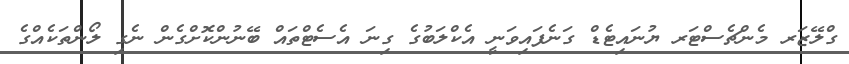
ގްލޭޒަރ މެންޗެސްޓަރ ޔުނައިޓެޑް ގަނެފައިވަނީ އެކްލަބުގެ ގިނަ އެސެޓްތައް ބޭނުންކޮށްގެން ނެގި ލޯންތަކެއްގެ